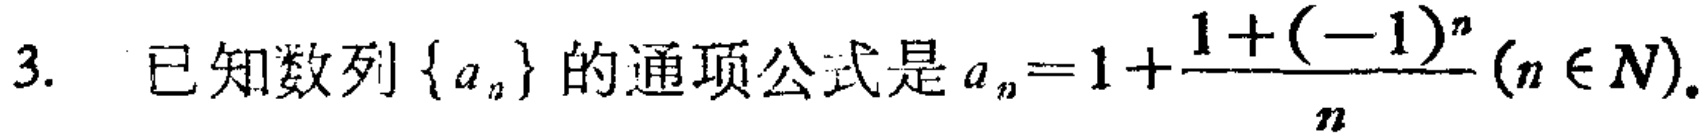
3. 已知数列\(\{a_{n}\}\)的通项公式是\(a_{n}=1+\frac{1 + (-1)^{n}}{n}(n\in N)\)。